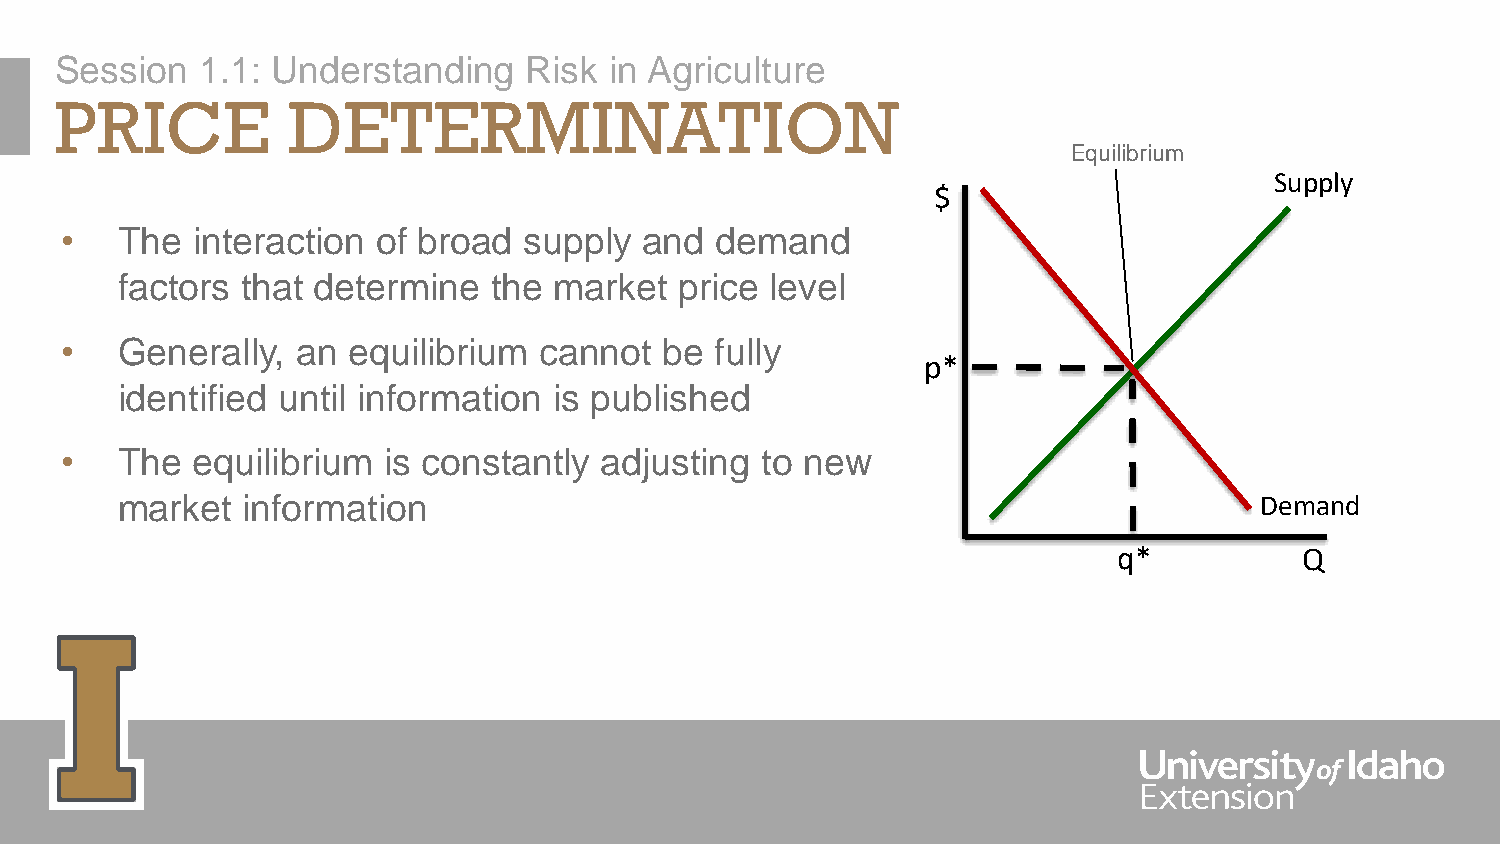
Session  1.1: Understanding    Risk in Agriculture
 PRICE          DETERMINATION
 Equilibrium
 Supply
 $
 •   The  interaction of broad  supply  and demand
 factors that determine  the  market  price level
 •   Generally,  an equilibrium  cannot  be fully
 p*
 identified until information is published
 •   The  equilibrium is constantly  adjusting to new
 market  information                                                        Demand
 q*          Q